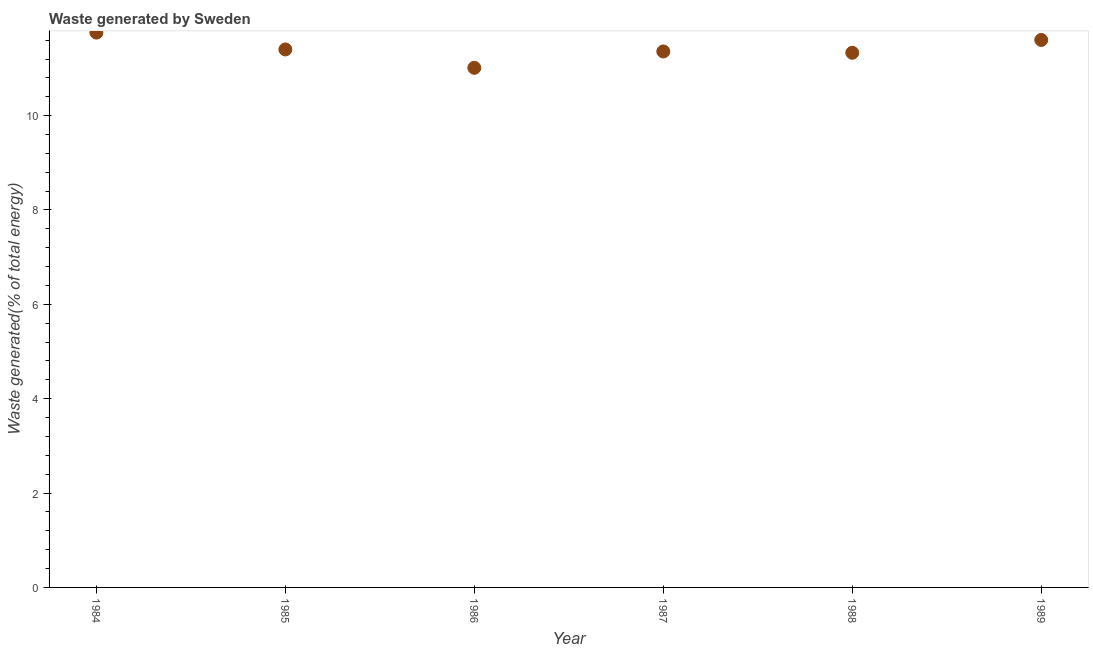
| Year | Combustible renewables and waste (% of total energy) |
 | --- | --- |
 | 1984 | 11.8 |
 | 1985 | 11.4 |
 | 1986 | 11 |
 | 1987 | 11.4 |
 | 1988 | 11.3 |
 | 1989 | 11.6 |